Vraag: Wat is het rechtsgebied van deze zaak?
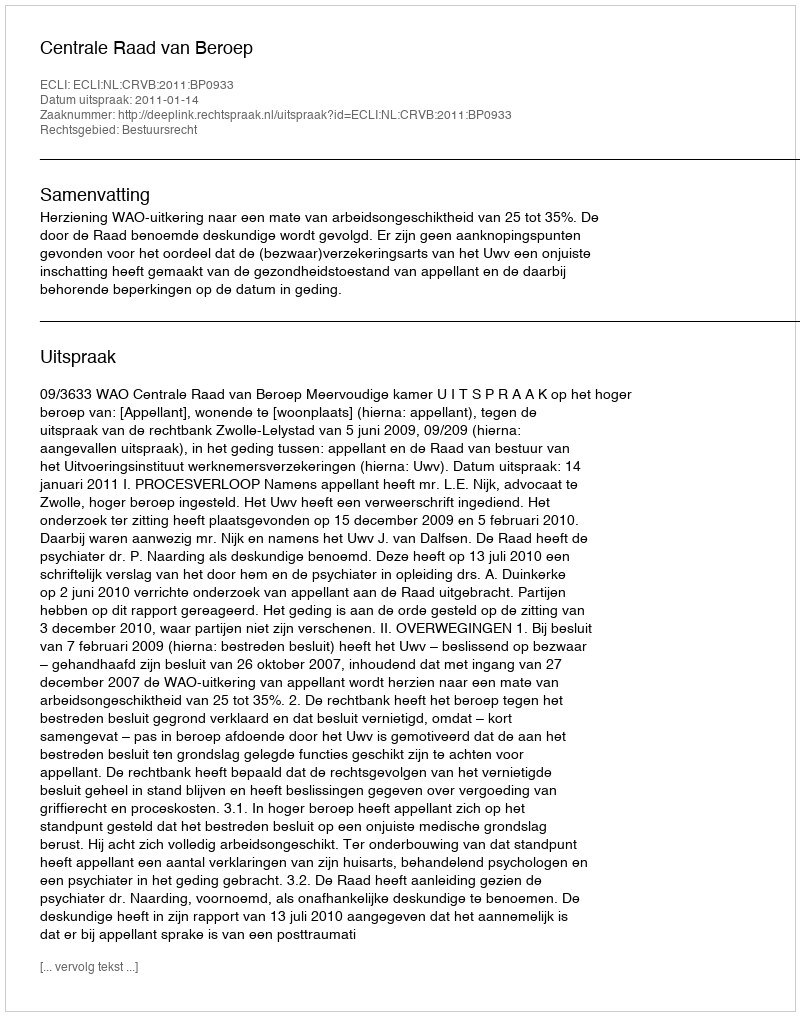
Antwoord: Bestuursrecht